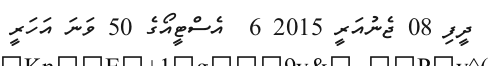
ދީފި 08 ޖެނުއަރީ 2015 6  އެސްޓީއޯގެ 50 ވަނަ އަހަރީ